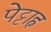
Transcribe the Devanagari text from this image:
पेट्टाह्